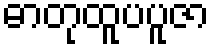
ဓာတုထူပပူဇာ